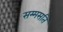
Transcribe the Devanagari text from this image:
सम्मसति